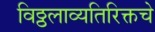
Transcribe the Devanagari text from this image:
विठ्ठलाव्यतिरिक्तचे